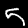
Digit: 5